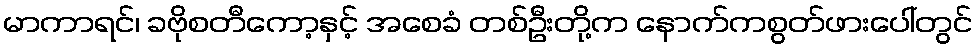
မာကာရင်၊ ခဗိုစတီကော့နှင့် အစေခံ တစ်ဦးတို့က နောက်ကစွတ်ဖားပေါ်တွင်